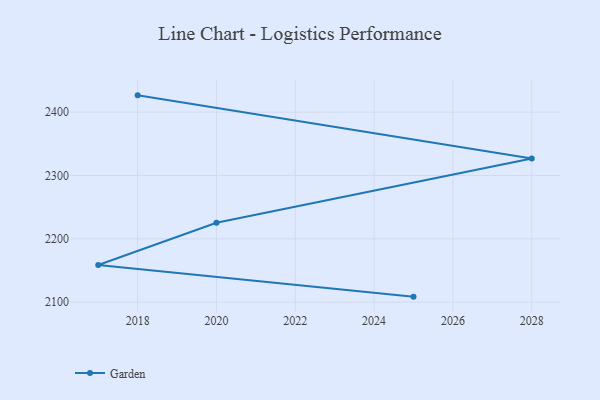
{"axis": {"x": "Year", "y": "LTV (USD)"}, "legend": ["Garden"], "data": [{"x": "2025", "y": 2108.7, "type": "Garden"}, {"x": "2017", "y": 2158.7, "type": "Garden"}, {"x": "2020", "y": 2225.3, "type": "Garden"}, {"x": "2028", "y": 2326.8, "type": "Garden"}, {"x": "2018", "y": 2426.6, "type": "Garden"}]}